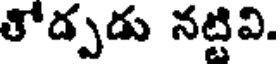
తోడ్పడు నట్టివి.